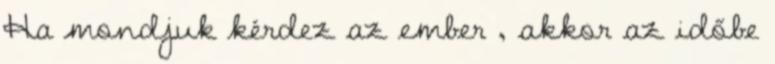
Ha mondjuk kérdez az ember , akkor az időbe